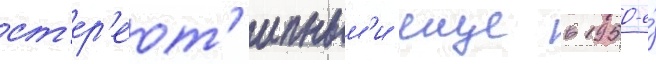
ст'ер'еот'ипным'и еще в 1950-е́